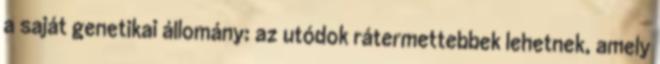
a saját genetikai állomány: az utódok rátermettebbek lehetnek, amely